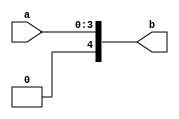
`timescale 1ns / 1ps
//////////////////////////////////////////////////////////////////////////////////
// Company: 
// Engineer: 
// 
// Design Name: 
// Module Name:    conct 
// Project Name: 
// Target Devices: 
// Tool versions: 
// Description: 
//
// Dependencies: 
//
// Revision: 
// Revision 0.01 - File Created
// Additional Comments: 
//
//////////////////////////////////////////////////////////////////////////////////
module conct(
    input [3:0] a,
    output [4:0] b
    );

assign b={1'b0,a};
endmodule